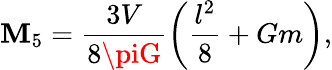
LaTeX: \mathbf{M}_{5}=\frac{{3V}}{{8\piG}}\left(\frac{{l^{2}}}{{8}}+Gm\right),